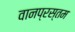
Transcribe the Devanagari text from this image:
वानप्रस्तम